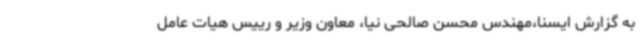
به گزارش ایسنا،مهندس محسن صالحی نیا، معاون وزیر و رییس هیات عامل